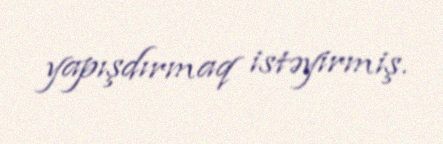
yapışdırmaq istəyirmiş.